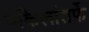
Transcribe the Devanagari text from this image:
वकिलांतर्फे